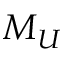
M _ { U }